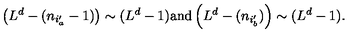
\left( L ^ { d } - ( n _ { i _ { a } ^ { \prime } } - 1 ) \right) \sim ( L ^ { d } - 1 ) \mathrm { a n d } \left( L ^ { d } - ( n _ { i _ { b } ^ { \prime } } ) \right) \sim ( L ^ { d } - 1 ) .